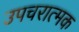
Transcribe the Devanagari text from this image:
उपचरात्मक